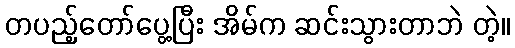
တပည့်တော်ပွေ့ပြီး အိမ်က ဆင်းသွားတာဘဲ တဲ့။